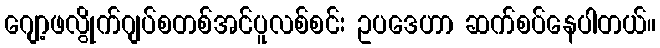
ဂျော့ဖလွိုက်ဂျပ်စတစ်အင်ပူလစ်စင်း ဥပဒေဟာ ဆက်စပ်နေပါတယ်။